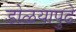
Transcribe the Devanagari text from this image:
डोळयापुढे